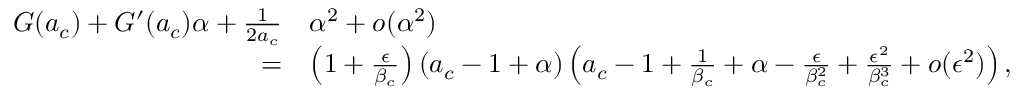
\begin{array} { r l } { G ( a _ { c } ) + G ^ { \prime } ( a _ { c } ) \alpha + \frac { 1 } { 2 a _ { c } } } & { \alpha ^ { 2 } + o ( \alpha ^ { 2 } ) } \\ { = } & { \left( 1 + \frac { \epsilon } { \beta _ { c } } \right) ( a _ { c } - 1 + \alpha ) \left( a _ { c } - 1 + \frac { 1 } { \beta _ { c } } + \alpha - \frac { \epsilon } { \beta _ { c } ^ { 2 } } + \frac { \epsilon ^ { 2 } } { \beta _ { c } ^ { 3 } } + o ( \epsilon ^ { 2 } ) \right) , } \end{array}